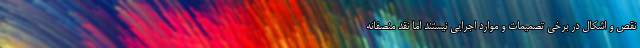
نقص و اشکال در برخی تصمیمات و موارد اجرایی نیستند اما نقد منصفانه